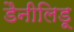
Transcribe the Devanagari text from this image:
डैनीलिडू